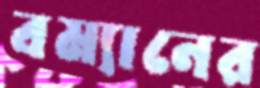
বম্যানের